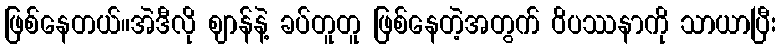
ဖြစ်နေတယ်။အဲဒီလို ဈာန်နဲ့ ခပ်တူတူ ဖြစ်နေတဲ့အတွက် ဝိပဿနာကို သာယာပြီး